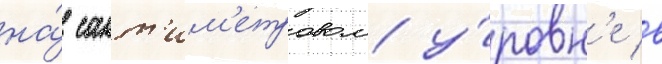
на́ сант'им'етровом у́ровн'е в